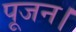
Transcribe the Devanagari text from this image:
पूजन।